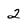
Character: 2